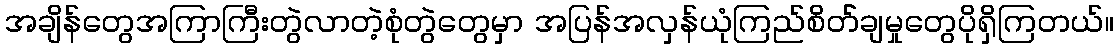
အချိန်တွေအကြာကြီးတွဲလာတဲ့စုံတွဲတွေမှာ အပြန်အလှန်ယုံကြည်စိတ််ချမှုတွေပိုရှိကြတယ်။